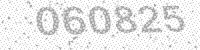
Solution: 060825